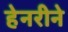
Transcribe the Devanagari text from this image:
हेनरीने